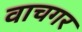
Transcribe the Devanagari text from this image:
वाचगर